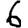
Digit: 6